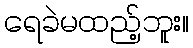
ရေခဲမထည့်ဘူး။